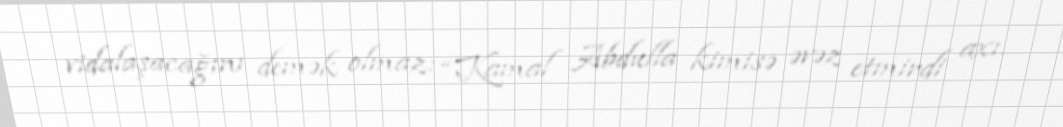
vidalaşacağını demək olmaz: “Kamal Abdulla kimisə əvəz etmirdi axı.